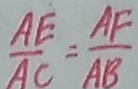
\frac { A E } { A C } = \frac { A F } { A B }